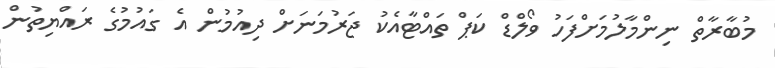
މުބާރާތް ނިންމާލުމަށްފަހު ވޯލްޑް ކަޕް ތައްޓާއެކު ޖަރުމަނަށް ދިއުމުން އެ ގައުމުގެ ރައްޔިތުން